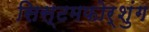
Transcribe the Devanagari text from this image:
सिस्टमफोर्शुंग